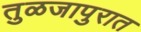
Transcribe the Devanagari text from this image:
तुळजापुरात